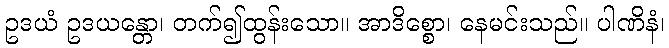
ဥဒယံ ဥဒယန္တော၊ တက်၍ထွန်းသော။ အာဒိစ္စော၊ နေမင်းသည်။ ပါဏိနံ၊